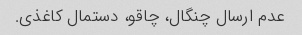
عدم ارسال چنگال، چاقو، دستمال کاغذی.